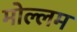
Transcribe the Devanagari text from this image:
मोल्लम